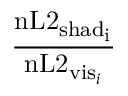
\frac { \mathrm { n L 2 _ { \mathrm { s h a d } _ { i } } } } { \mathrm { n L 2 } _ { \mathrm { v i s } _ { i } } }